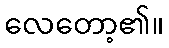
လေတော့၏။